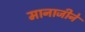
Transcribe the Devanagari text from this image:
मानाजीने